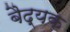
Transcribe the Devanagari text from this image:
बैद्यक